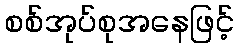
စစ်အုပ်စုအနေဖြင့်